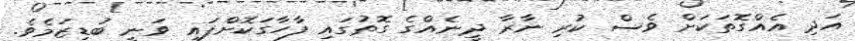
އަދި އެއްގޮތަކަށް ވެސް ކުރި ނާރާ ދީނެއްގެ ގޮތުގައި ފާހާގަކޮށްފައި ވަނީ ބުޑިޒަމެވެ.